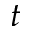
t